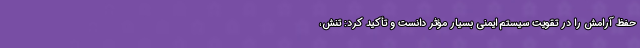
حفظ آرامش را در تقویت سیستم ایمنی بسیار مؤثر دانست و تأکید کرد: تنش،